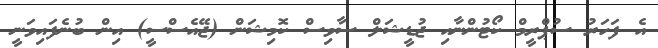
އެ ފަހަރު ސުޕްރީމް ކޯޓުންނާއި ޖުޑީޝަލް ސާވިސް ކޮމިޝަން (ޖޭއެސްސީ) އިން ބުނެފައިވަނީ